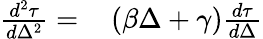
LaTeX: \begin{array}{rl}{\frac{d^{2}\tau}{d\Delta^{2}}=}&{{}\left(\beta\Delta+\gamma\right)\frac{d\tau}{d\Delta}}\end{array}